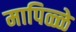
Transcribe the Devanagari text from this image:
मापिळ्ळे